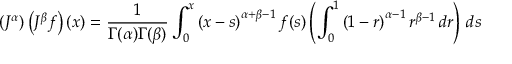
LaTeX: \left( J ^ { \alpha } \right) \left( J ^ { \beta } f \right) ( x ) = { \frac { 1 } { \Gamma ( \alpha ) \Gamma ( \beta ) } } \int _ { 0 } ^ { x } \left( x - s \right) ^ { \alpha + \beta - 1 } f ( s ) \left( \int _ { 0 } ^ { 1 } \left( 1 - r \right) ^ { \alpha - 1 } r ^ { \beta - 1 } \, d r \right) \, d s